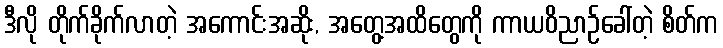
ဒီလို တိုက်ခိုက်လာတဲ့ အကောင်းအဆိုး, အတွေ့အထိတွေကို ကာယဝိညာဉ်ခေါ်တဲ့ စိတ်က